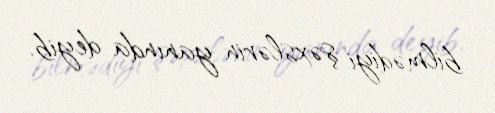
bilmədiyi şəxslərin yanında deyib.